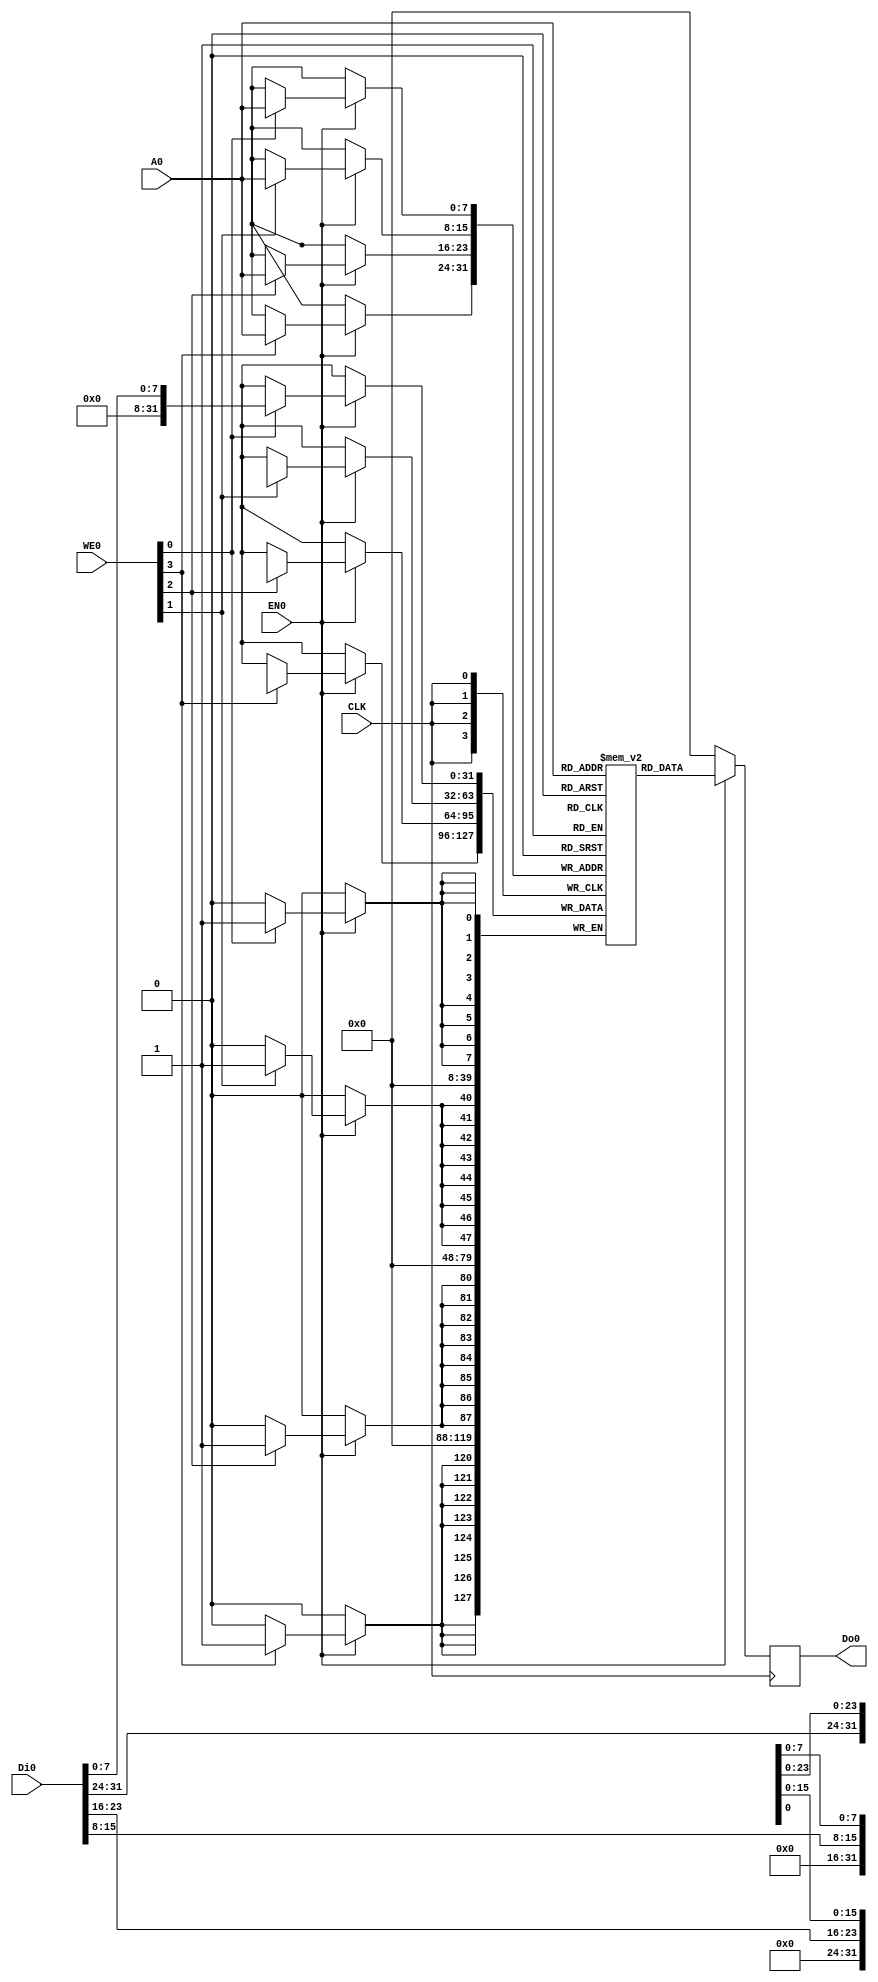
// This program was cloned from: https://github.com/hl271/caravel_sample_project
// License: Apache License 2.0


 module DFFRAM256x32
 (	
     `ifdef USE_POWER_PINS
     VPWR,
     VGND,
     `endif
     CLK,
     WE0,
     EN0,
     Di0,
     Do0,
     A0
 );
	`ifdef USE_POWER_PINS
    inout VPWR;
    inout  VGND;
    `endif
    input   wire            CLK;
    input   wire    [3:0]   WE0;
    input   wire            EN0;
    input   wire    [31:0]  Di0;
    output  reg     [31:0]  Do0;
    input   wire    [7:0]   A0;
    reg [31:0] RAM[255:0];

    always @(posedge CLK)
        if(EN0) begin
            Do0<= RAM[A0];
            if(WE0[0]) RAM[A0][7:0] <= Di0[7:0];
            if(WE0[1]) RAM[A0][15:8] <= Di0[15:8];
            if(WE0[2]) RAM[A0][23:16] <= Di0[23:16];
            if(WE0[3]) RAM[A0][31:24] <= Di0[31:24];
        end
        else
            Do0 <= 32'b0;
 endmodule